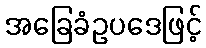
အခြေခံဥပဒေဖြင့်